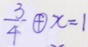
\frac { 3 } { 4 } \textcircled { + } x = 1